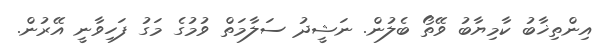
އިންތިޚާބު ކާމިޔާބު ވޭތޯ ބެލުން. ނަޝީދު ސަލާމަތް ވުމުގެ މަގު ފަހިވާނީ އޭރުން.